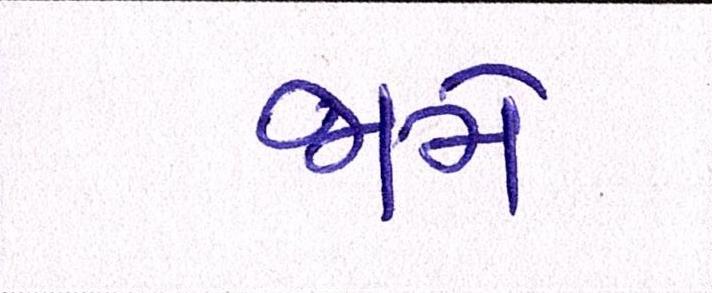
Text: જામે